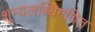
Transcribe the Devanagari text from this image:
शून्यलब्धिगणित